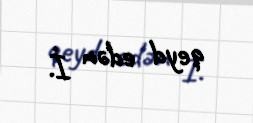
qeyd edən İ.